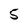
Character: 5